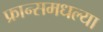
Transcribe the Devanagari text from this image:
फ्रान्समधल्या